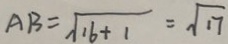
A B = \sqrt { 1 6 + 1 } = \sqrt { 1 7 }